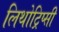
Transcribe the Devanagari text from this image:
लिथोट्रिप्सी